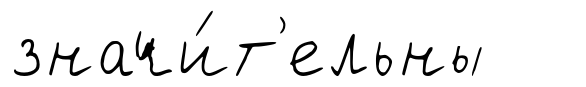
значи́т'ельны